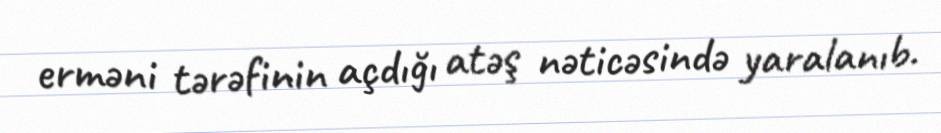
erməni tərəfinin açdığı atəş nəticəsində yaralanıb.